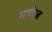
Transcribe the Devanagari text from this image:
महोज